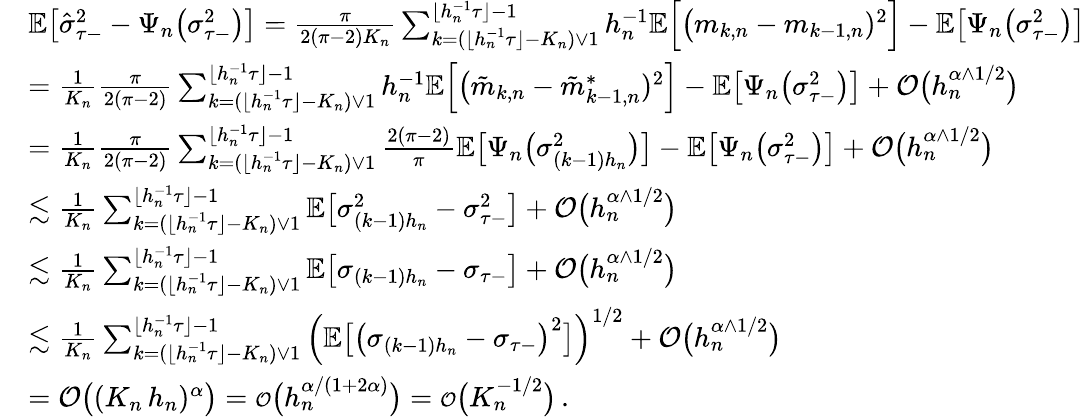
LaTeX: \begin{array}{rl}&{\mathbb{E}\big[\hat{\sigma}_{\tau-}^{2}-\Psi_{n}\big(\sigma_{\tau-}^{2}\big)\big]=\frac{\pi}{2(\pi-2)K_{n}}\sum_{k=(\lfloor h_{n}^{-1}\tau\rfloor-K_{n})\vee 1}^{\lfloor h_{n}^{-1}\tau\rfloor-1}h_{n}^{-1}\mathbb{E}\Big[\big(m_{k,n}-m_{k-1,n})^{2}\Big]-\mathbb{E}\big[\Psi_{n}\big(\sigma_{\tau-}^{2}\big)\big]}\\ &{=\frac{1}{K_{n}}\frac{\pi}{2(\pi-2)}\sum_{k=(\lfloor h_{n}^{-1}\tau\rfloor-K_{n})\vee 1}^{\lfloor h_{n}^{-1}\tau\rfloor-1}h_{n}^{-1}\mathbb{E}\Big[\big(\tilde{m}_{k,n}-\tilde{m}_{k-1,n}^{*})^{2}\Big]-\mathbb{E}\big[\Psi_{n}\big(\sigma_{\tau-}^{2}\big)\big]+\mathcal{O}\big(h_{n}^{\alpha\wedge 1/2}\big)}\\ &{=\frac{1}{K_{n}}\frac{\pi}{2(\pi-2)}\sum_{k=(\lfloor h_{n}^{-1}\tau\rfloor-K_{n})\vee 1}^{\lfloor h_{n}^{-1}\tau\rfloor-1}\frac{2(\pi-2)}{\pi}\mathbb{E}\big[\Psi_{n}\big(\sigma_{(k-1)h_{n}}^{2}\big)\big]-\mathbb{E}\big[\Psi_{n}\big(\sigma_{\tau-}^{2}\big)\big]+\mathcal{O}\big(h_{n}^{\alpha\wedge 1/2}\big)}\\ &{\lesssim\frac{1}{K_{n}}\sum_{k=(\lfloor h_{n}^{-1}\tau\rfloor-K_{n})\vee 1}^{\lfloor h_{n}^{-1}\tau\rfloor-1}\mathbb{E}\big[\sigma_{(k-1)h_{n}}^{2}-\sigma_{\tau-}^{2}\big]+\mathcal{O}\big(h_{n}^{\alpha\wedge 1/2}\big)}\\ &{\lesssim\frac{1}{K_{n}}\sum_{k=(\lfloor h_{n}^{-1}\tau\rfloor-K_{n})\vee 1}^{\lfloor h_{n}^{-1}\tau\rfloor-1}\mathbb{E}\big[\sigma_{(k-1)h_{n}}-\sigma_{\tau-}\big]+\mathcal{O}\big(h_{n}^{\alpha\wedge 1/2}\big)}\\ &{\lesssim\frac{1}{K_{n}}\sum_{k=(\lfloor h_{n}^{-1}\tau\rfloor-K_{n})\vee 1}^{\lfloor h_{n}^{-1}\tau\rfloor-1}\Big(\mathbb{E}\big[\big(\sigma_{(k-1)h_{n}}-\sigma_{\tau-}\big)^{2}\big]\Big)^{1/2}+\mathcal{O}\big(h_{n}^{\alpha\wedge 1/2}\big)}\\ &{=\mathcal{O}\big((K_{n}\, h_{n})^{\alpha}\big)={\scriptstyle{\mathcal{O}}}\big(h_{n}^{\alpha/(1+2\alpha)}\big)={\scriptstyle{\mathcal{O}}}\big(K_{n}^{-1/2}\big)\, .}\end{array}